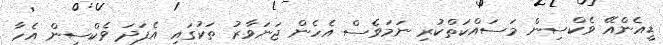
ޑީއެންއޭ ވެކްސިން މަސައްކަތްކުރި ނަމަވެސް އެހެން ޖަނަވާރު ތަކުގައި އެފަދަ ވެކްސިން އެހާ